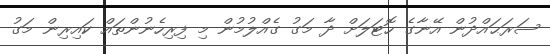
ސަރަޙައްދުން އޭނާގެ ހޮޓަލަށް ދާ މަގު ގެއްލުމުން މި ފިރިހެނުންތައް ކައިރިން މަގު